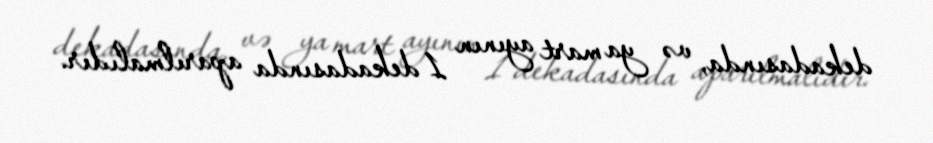
dekadasında, və ya mart ayının 1 dekadasında aparılmalıdır.